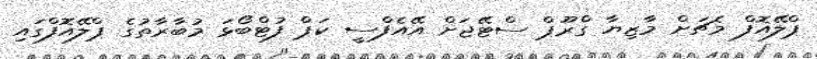
ޕްލޭއޮފް މެޗަށް މާޒިޔާ ގްރޫޕް ސްޓޭޖަށް އޭއެފްސީ ކަޕް ފުޓްބޯޅަ މުބާރާތުގެ ޕްލޭއޮފްގައި